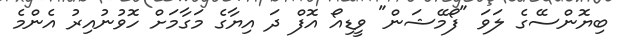
ބިޔޮންސޭގެ ލަވަ "ފޯމޭޝަން" ވީޑިއޯ އޮފް ދަ އިޔާގެ މަގާމަށް ހޮވުނުއިރު އެންމެ